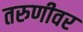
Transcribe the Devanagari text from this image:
तरुणीवर